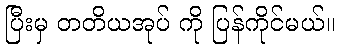
ပြီးမှ တတိယအုပ် ကို ပြန်ကိုင်မယ်။